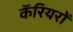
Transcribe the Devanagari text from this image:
कॅरियरों